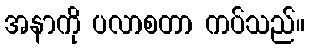
အနာကို ပလာစတာ ကပ်သည်။